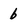
Character: b